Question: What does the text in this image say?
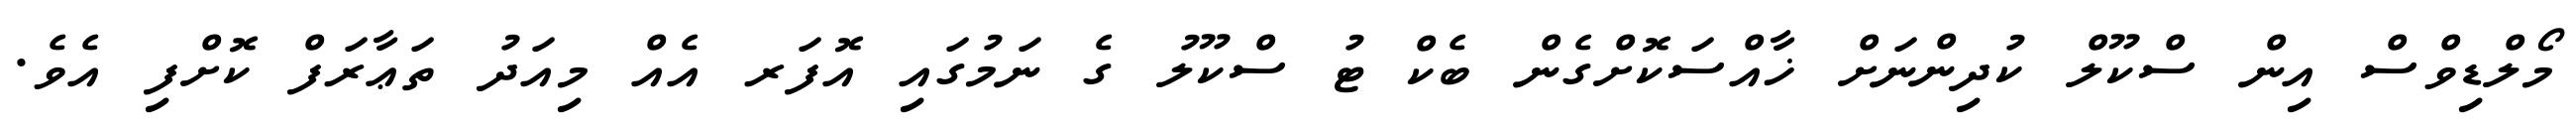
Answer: މޯލްޑިވްސް އިން ސްކޫލް ކުދިންނަށް ޚާއްސަކޮށްގެން ބެކް ޓު ސްކޫލު ގެ ނަމުގައި އޮފަރ އެއް މިއަދު ތަޢާރަފް ކޮށްފި އެވެ.